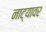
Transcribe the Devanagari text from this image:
नाट्यावर